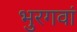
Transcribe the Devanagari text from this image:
भुरगवां